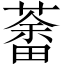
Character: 𦼞